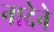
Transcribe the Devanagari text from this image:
नादेने